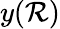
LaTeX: y(\mathcal{R})